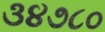
૩૪૭૮૦